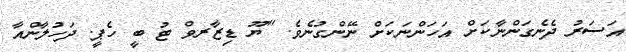
އަސަރު ދެނެގަންނާކަށް އަހަންނަކަށް ނޭންގުނެވެ. "ޔޫ ޑިޒާރވް ޓު ބީ ހެޕީ. ދަހުލާންއާ